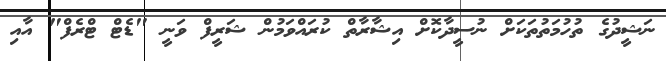
ނަޝީދުގެ ތުހުމަތުތަކަށް ނުސީދާކޮށް އިޝާރާތް ކުރައްވަމުން ޝަރީފް ވަނީ "ޑެޓް ޓްރެފް" އާއި